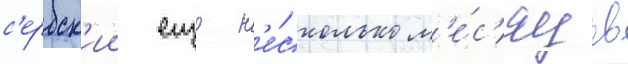
с'ербск'ии еще н'е́сколько м'е́с'яцев